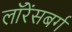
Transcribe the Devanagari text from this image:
लॉरेंसबर्ग